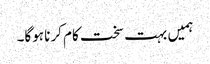
ہمیں بہت سخت کام کرنا ہوگا۔